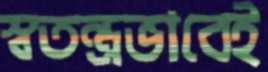
স্বতন্ত্রভাবেই